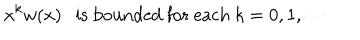
x ^ { k } w ( x ) \ \ \mathrm { ~ i s ~ b o u n d e d ~ f o r ~ e a c h } \ k = 0 , 1 , \cdots